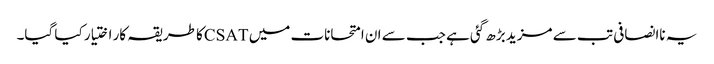
یہ ناانصافی تب سے مزید بڑھ گئی ہے جب سے ان امتحانات میں CSATکا طریقہ کار اختیار کیا گیا۔